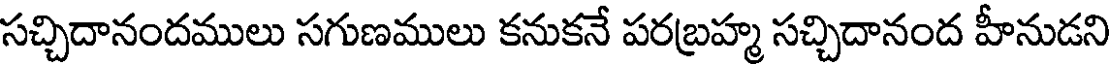
సచ్చిదానందములు సగుణములు కనుకనే పరబ్రహ్మ సచ్చిదానంద హీనుడని